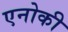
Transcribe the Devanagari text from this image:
एनोकी